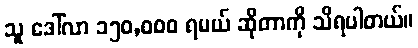
သူ ဒေါ်လာ ၁၅၀,၀၀၀ ရမယ် ဆိုတာကို သိရပါတယ်။